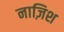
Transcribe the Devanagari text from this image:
नाज़िश